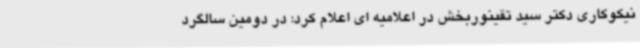
نیکوکاری دکتر سید تقینوربخش در اعلامیه ای اعلام کرد: در دومین سالگرد